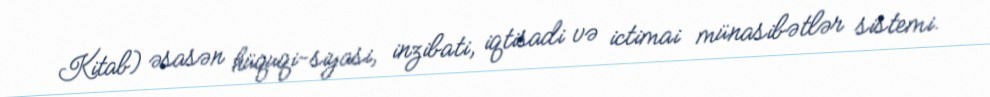
Kitab) əsasən hüquqi-siyasi, inzibati, iqtisadi və ictimai münasibətlər sistemi.